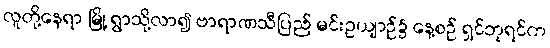
လူတို့နေရာ မြို့ ရွာသို့လာ၍ ဗာရာဏသီပြည် မင်းဥယျာဉ်၌ နေ့စဉ် ရှင်ဘုရင်က